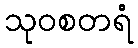
သုဝစတရံ